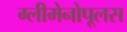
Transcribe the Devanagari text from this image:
ग्लीमेनोपूलस